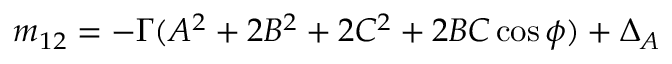
m _ { 1 2 } = - \Gamma ( A ^ { 2 } + 2 B ^ { 2 } + 2 C ^ { 2 } + 2 B C \cos \phi ) + \Delta _ { A }